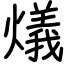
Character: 燨